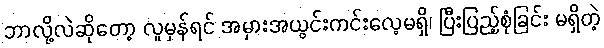
ဘာလို့လဲဆိုတော့ လူမှန်ရင် အမှားအယွင်းကင်းလေ့မရှိ၊ ပြီးပြည့်စုံခြင်း မရှိတဲ့